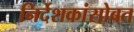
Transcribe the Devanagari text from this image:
निर्देशकांसोबत